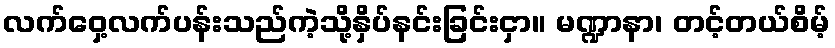
လက်ဝှေ့လက်ပန်းသည်ကဲ့သို့နှိပ်နင်းခြင်းငှာ။ မဏ္ဍာနာ၊ တင့်တယ်စိမ့်